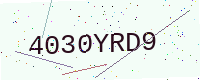
Text: 4030YRD9